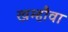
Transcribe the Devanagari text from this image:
खम्हौवा